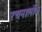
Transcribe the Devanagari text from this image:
रचनालोक